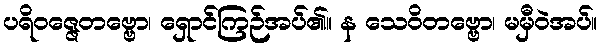
ပရိဝဇ္ဇေတဗ္ဗော၊ ရှောင်ကြဉ်အပ်၏။ န သေဝိတဗ္ဗော၊ မမှီဝဲအပ်။